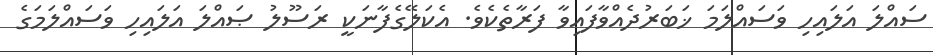
ސައްލަ އަލައިހި ވަސައްލަމަ ޚަބަރުދެއްވާފައިވާ ފަރާތެކެވެ. އެކަލޭގެފާނަކީ ރަސޫލު ޞައްލަ އަލައިހި ވަސައްލަމަގެ